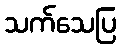
သက်သေပြ